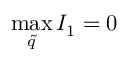
\operatorname* { m a x } _ { \tilde { q } } { I _ { 1 } } = 0